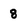
Character: 8